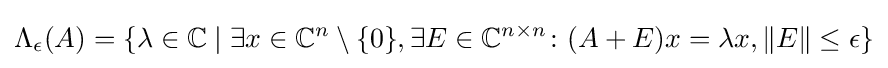
\Lambda _{\epsilon }(A)=\{\lambda \in \mathbb {C} \mid \exists x\in \mathbb {C} ^{n}\setminus \{0\},\exists E\in \mathbb {C} ^{n\times n}\colon (A+E)x=\lambda x,\|E\|\leq \epsilon \}